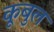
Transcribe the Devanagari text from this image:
कूबुल